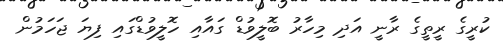
ކުރީގެ ރީތީގެ ރާނީ އަދި މިހާރު ބޮލީވުޑް ގައާއި ހޮލީވުޑްގައި ފިޔަ ޖަހަމުން